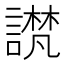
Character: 𫍉